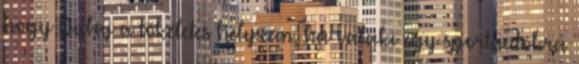
hogy Dubaj a tökéletes helyszín, ha valaki egy sportautókra